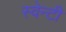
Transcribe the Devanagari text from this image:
स्वेन्‍टी